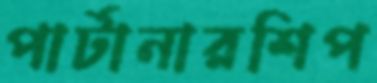
পার্টানারশিপ